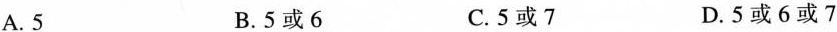
A.5 B.5或6 C.5或7 D.5或6或7